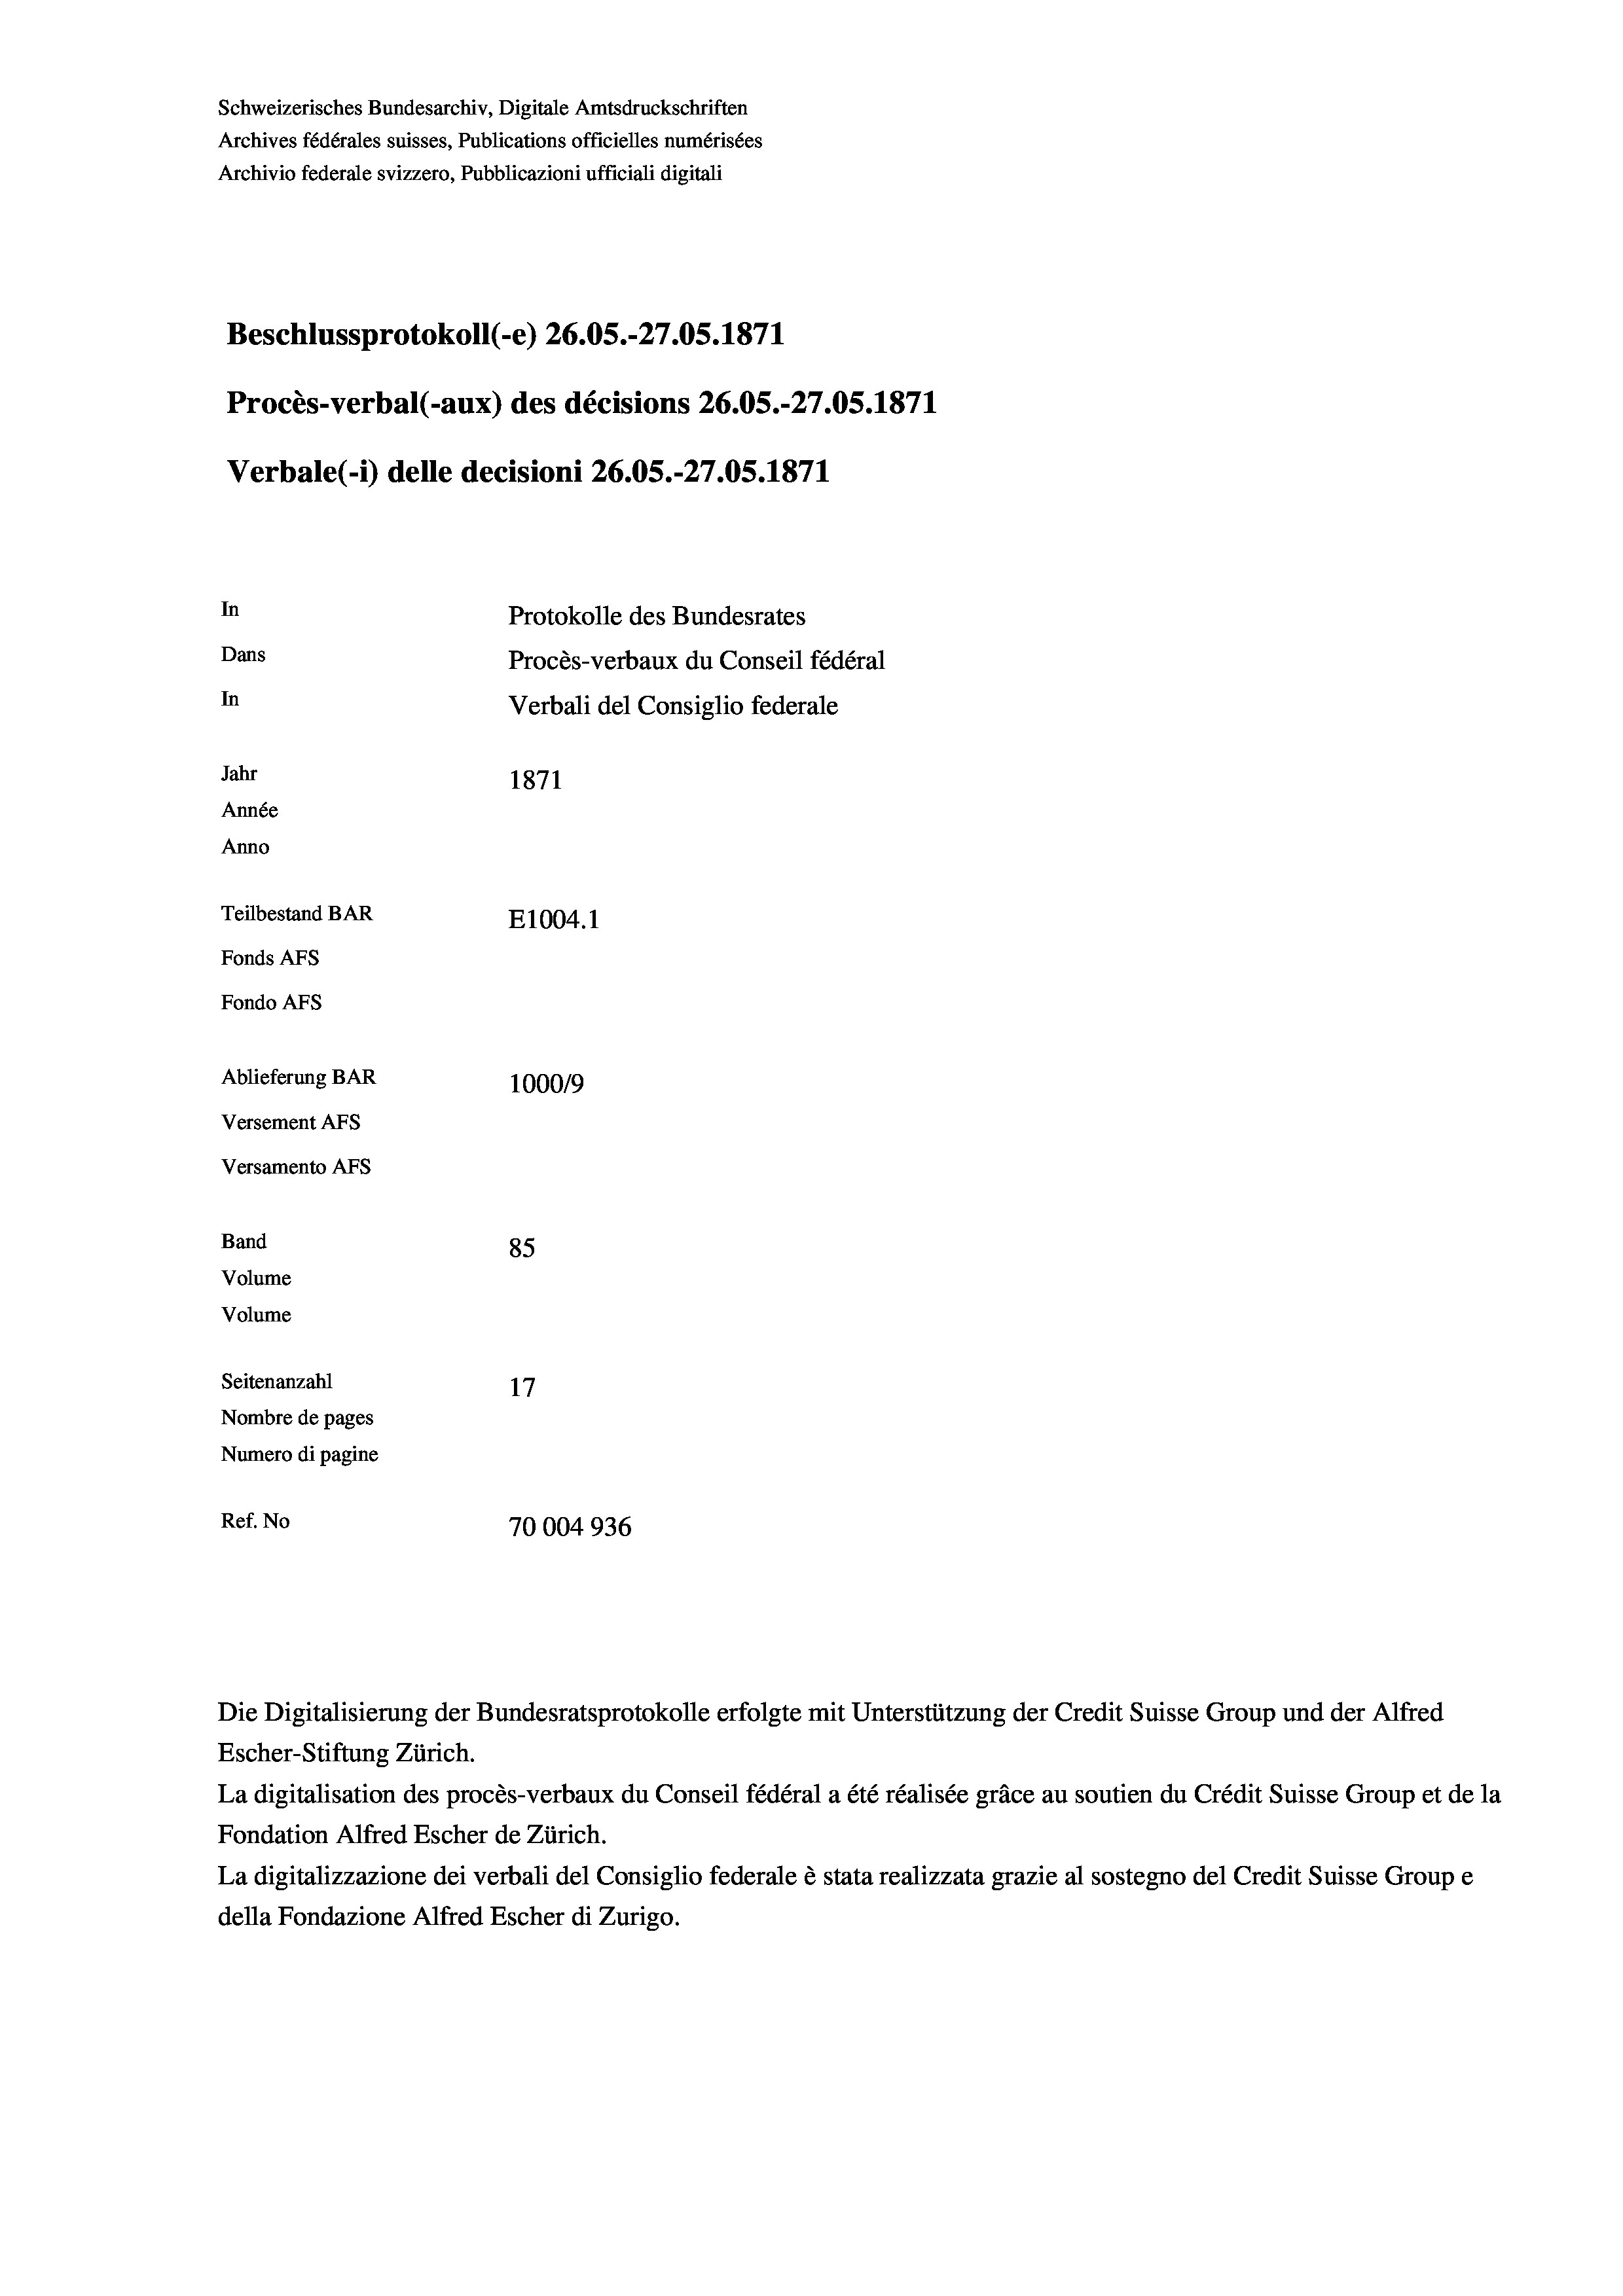
Schweizerisches Bundesarchiv, Digitale Amtsdruckschriften
Archives fédérales suisses, Publications officielles numérisées
Archivio federale svizzero, Pubblicazioni ufficiali digitali
Beschlussprotokoll (-e) 26.05.-27.05. 1871
Procès-verbal (-aux) des décisions 26.05.-27.05. 1871
Verbale (i) delle decisioni 26.05.-27.05. 1871
In
Protokolle des Bundesrates
Dans
Procès-verbaux du Conseil fédéral
In
Verbali del Consiglio federale
Jahr
1871
Année
Anno
Teilbestand BAR
E1004. 1
Fonds AFs
Fondo AFS
Ablieferung BAR
100019
Versement AFs
Versamento AFs
Band
85
Volume
Volume
Seitenanzahl
17
Nombre de pages
Numero di pagine

Ref. No
70004936

Die Digitalisierung der Bundesratsprotokolle erfolgte mit Unterstützung der Credit Suisse Group und der Alfred

Escher-Stiftung Zürich.
La digitalisation des procès-verbaux du Conseil fédéral a été réalisée gräce au soutien du Crédit Suisse Group et de la
Fondation Alfred Escher de Zürich.
La digitalizzazione dei verbali del Consiglio federale è stata realizzata grazie al sostegno del Credit Suisse Groupe
della Fondazione Alfred Escher di Zurigo.